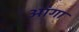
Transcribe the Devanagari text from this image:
आंगा